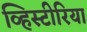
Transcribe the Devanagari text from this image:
व्हिस्टीरिया